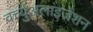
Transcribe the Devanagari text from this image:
वर्च्युअलाइजेशन